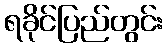
ရခိုင်ပြည်တွင်း